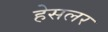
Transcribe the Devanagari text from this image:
हेसलर